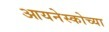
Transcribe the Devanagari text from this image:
आयनेस्कोच्या